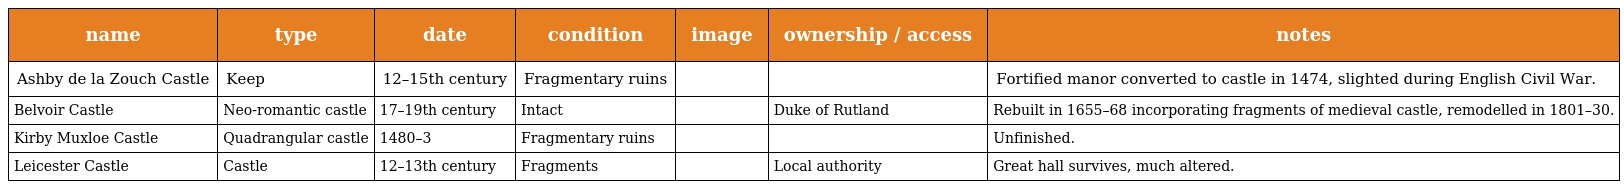
| name | type | date | condition | image | ownership / access | notes |
 | --- | --- | --- | --- | --- | --- | --- |
 | Ashby de la Zouch Castle | Keep | 12–15th century | Fragmentary ruins |  |  | Fortified manor converted to castle in 1474, slighted during English Civil War. |
 | Belvoir Castle | Neo-romantic castle | 17–19th century | Intact |  | Duke of Rutland | Rebuilt in 1655–68 incorporating fragments of medieval castle, remodelled in 1801–30. |
 | Kirby Muxloe Castle | Quadrangular castle | 1480–3 | Fragmentary ruins |  |  | Unfinished. |
 | Leicester Castle | Castle | 12–13th century | Fragments |  | Local authority | Great hall survives, much altered. |